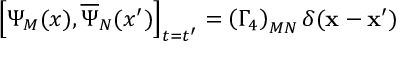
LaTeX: \left[ \Psi _ { M } ( x ) , \overline { { { \Psi } } } _ { N } ( x ^ { \prime } ) \right] _ { t = t ^ { \prime } } = \left( \Gamma _ { 4 } \right) _ { M N } \delta ( \mathbf { x } - \mathbf { x } ^ { \prime } )